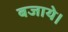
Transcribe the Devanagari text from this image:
बजाये।